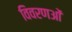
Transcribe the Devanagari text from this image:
विवरणओं